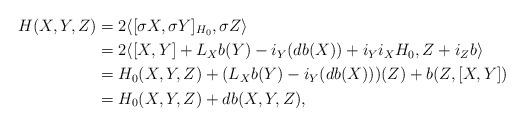
LaTeX: \begin{align*} H(X,Y,Z)&=2\langle [\sigma X,\sigma Y]_{H_0},\sigma Z \rangle \\&=2\langle [X,Y]+L_{X}b(Y)-i_{Y}(db(X))+i_Yi_X H_0, Z+i_Z b \rangle \\&=H_0(X,Y,Z)+(L_X b(Y)-i_Y(db(X)))(Z)+b(Z,[X,Y]) \\&=H_0(X,Y,Z)+db(X,Y,Z),\end{align*}